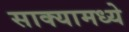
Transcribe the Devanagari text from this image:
साक्यामध्ये